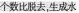
个数比脱去，生成水